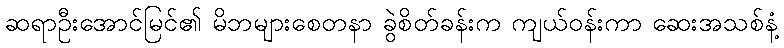
ဆရာဦးအောင်မြင်၏ မိဘများစေတနာ ခွဲစိတ်ခန်းက ကျယ်ဝန်းကာ ဆေးအသစ်နံ့